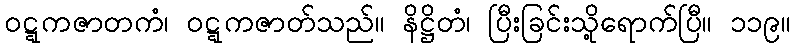
ဝဋ္ဋကဇာတကံ၊ ဝဋ္ဋကဇာတ်သည်။ နိဋ္ဌိတံ၊ ပြီးခြင်းသို့ရောက်ပြီ။ ၁၁၉။